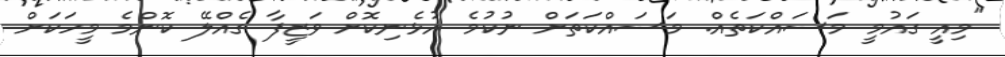
"މިއީ ގައުމީ މަސައްކަތެއް. މަސައްކަތަށް ނުކުމެ އުޅެނިކޮށް ވަޒީފާ ގެއްލޭ ކޮންމެ މީހަކަށް